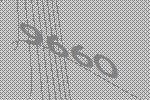
9660